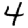
Digit: 4